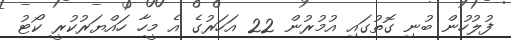
ފުލުހުން ބުނި ގޮތުގައި އުމުރުން 22 އަހަރުގެ އެ މީހާ ހައްޔަރުކުރީ ކޯޓު